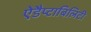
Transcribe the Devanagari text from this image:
ऐडैप्टाबिलिटी